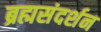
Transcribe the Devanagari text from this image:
ब्रह्मसंदर्शन